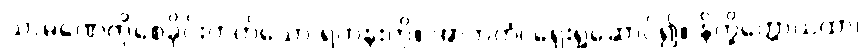
သာမဏေကိုစေခိုင်းတတ်သော ရဟန်းကို။ အာဘတံ၊ ရှေးရှုဆောင်၍။ နိက္ခိတ္တောယထာ၊